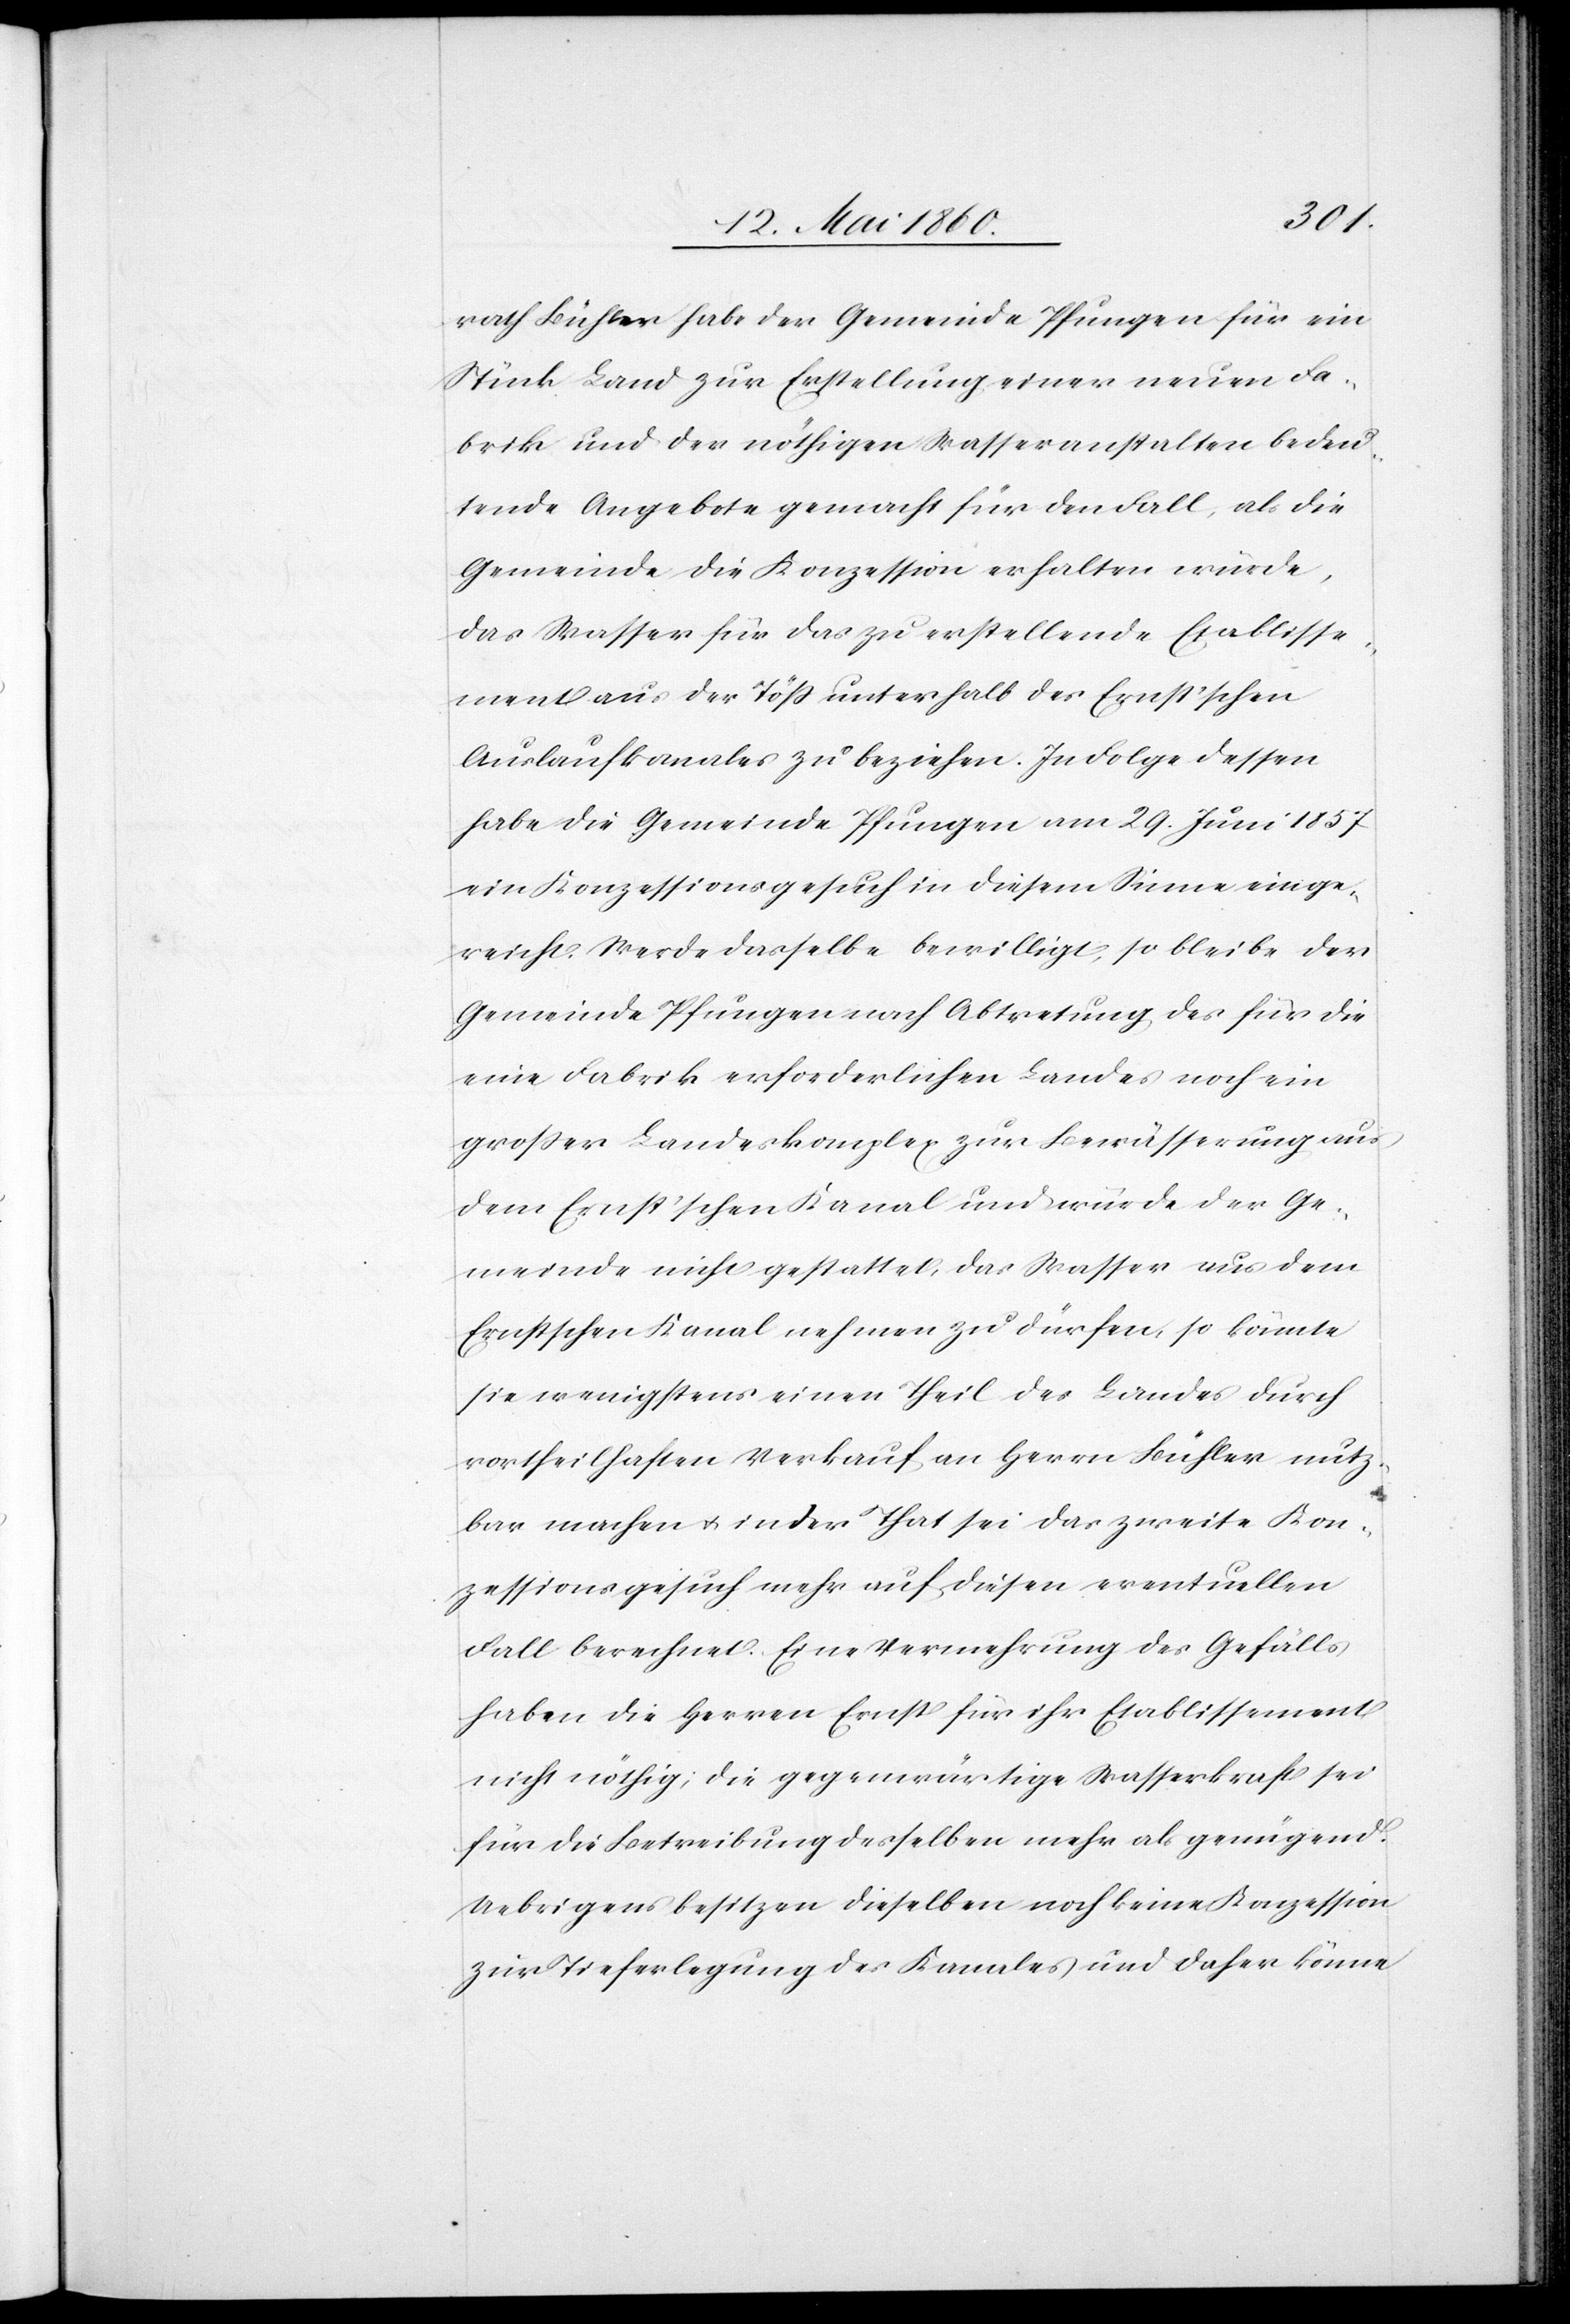
rath Bühler habe der Gemeinde Pfungen für ein
Stück Land zur Erstellung einer neuen Fa¬
brik und der nöthigen Wasseranstalten bedeu¬
tende Angebote gemacht für den Fall, als die
Gemeinde die Konzession erhalten würde,
das Wasser für das zu erstellende Etablisse¬
ment aus der Töss unterhalb des Ernst’schen
Auslaufkanales zu beziehen. In Folge dessen
habe die Gemeinde Pfungen am 29. Juni 1857
ein Konzessionsgesuch in diesem Sinne einge¬
reicht. Werde dasselbe bewilligt, so bleibe der
Gemeinde Pfungen nach Abtretung des für die
eine Fabrik erforderlichen Landes noch ein
grosser Landeskomplex zur Bewässerung aus
dem Ernst’schen Kanal und wurde der Ge¬
meinde nicht gestattet, das Wasser aus dem
Ernstschen Kanal nehmen zu dürfen, so könnte
sie wenigstens einen Theil des Landes durch
vortheilhaften Verkauf an Herrn Bühler nutz¬
bar machen u. in der That sei das zweite Kon¬
zessionsgesuch mehr auf diesen eventuellen
Fall berechnet. Eine Vermehrung des Gefälls
haben die Herren Ernst für ihre Etablissements
nicht nöthig, die gegenwärtige Wasserkraft sei
für die Betreibung desselben mehr als genügend.
Uebrigens besitzen dieselben noch keine Konzession
zur Tieferlegung des Kanales und daher könne